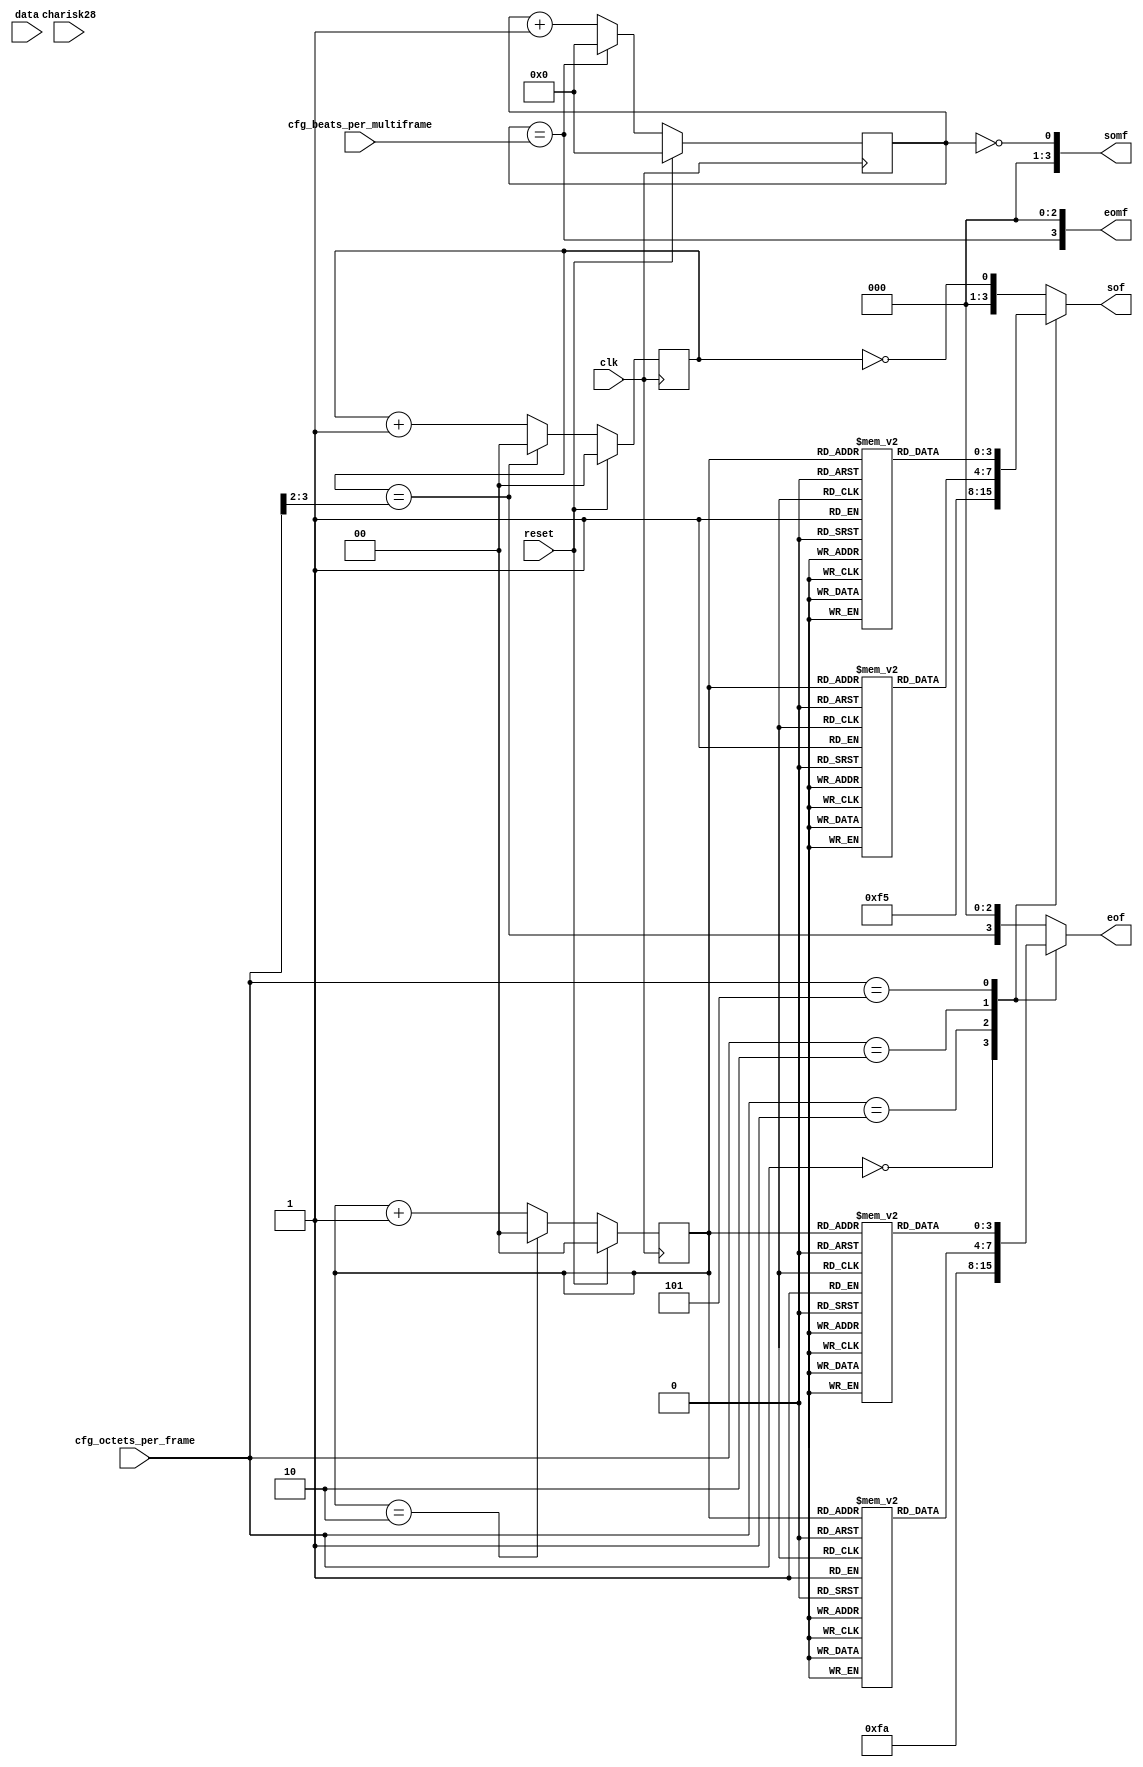
//
// The ADI JESD204 Core is released under the following license, which is
// different than all other HDL cores in this repository.
//
// Please read this, and understand the freedoms and responsibilities you have
// by using this source code/core.
//
// The JESD204 HDL, is copyright  2016-2017 Analog Devices Inc.
//
// This core is free software, you can use run, copy, study, change, ask
// questions about and improve this core. Distribution of source, or resulting
// binaries (including those inside an FPGA or ASIC) require you to release the
// source of the entire project (excluding the system libraries provide by the
// tools/compiler/FPGA vendor). These are the terms of the GNU General Public
// License version 2 as published by the Free Software Foundation.
//
// This core  is distributed in the hope that it will be useful, but WITHOUT ANY
// WARRANTY; without even the implied warranty of MERCHANTABILITY or FITNESS FOR
// A PARTICULAR PURPOSE. See the GNU General Public License for more details.
//
// You should have received a copy of the GNU General Public License version 2
// along with this source code, and binary.  If not, see
// <http://www.gnu.org/licenses/>.
//
// Commercial licenses (with commercial support) of this JESD204 core are also
// available under terms different than the General Public License. (e.g. they
// do not require you to accompany any image (FPGA or ASIC) using the JESD204
// core with any corresponding source code.) For these alternate terms you must
// purchase a license from Analog Devices Technology Licensing Office. Users
// interested in such a license should contact jesd204-licensing@analog.com for
// more information. This commercial license is sub-licensable (if you purchase
// chips from Analog Devices, incorporate them into your PCB level product, and
// purchase a JESD204 license, end users of your product will also have a
// license to use this core in a commercial setting without releasing their
// source code).
//
// In addition, we kindly ask you to acknowledge ADI in any program, application
// or publication in which you use this JESD204 HDL core. (You are not required
// to do so; it is up to your common sense to decide whether you want to comply
// with this request or not.) For general publications, we suggest referencing :
// The design and implementation of the JESD204 HDL Core used in this project
// is copyright  2016-2017, Analog Devices, Inc.
//

// Limitations:
//   DATA_PATH_WIDTH = 4
//   F*K=4, multiples of DATA_PATH_WIDTH
//   F=1,2,3,4,6, and multiples of DATA_PATH_WIDTH

`timescale 1ns/100ps

module jesd204_rx_frame_mark #(
  parameter DATA_PATH_WIDTH = 4
) (
  input                             clk,
  input                             reset,
  input [7:0]                       cfg_beats_per_multiframe,
  input [7:0]                       cfg_octets_per_frame,
  input [DATA_PATH_WIDTH-1:0]       charisk28,
  input [DATA_PATH_WIDTH*8-1:0]     data,

  output reg [DATA_PATH_WIDTH-1:0]  sof,
  output reg [DATA_PATH_WIDTH-1:0]  eof,
  output reg [DATA_PATH_WIDTH-1:0]  somf,
  output reg [DATA_PATH_WIDTH-1:0]  eomf
);

localparam MAX_OCTETS_PER_FRAME = 16;
localparam DPW_LOG2 = DATA_PATH_WIDTH == 8 ? 3 : DATA_PATH_WIDTH == 4 ? 2 : 1;
localparam CW = MAX_OCTETS_PER_FRAME > 128 ? 8 :
  MAX_OCTETS_PER_FRAME > 64 ? 7 :
  MAX_OCTETS_PER_FRAME > 32 ? 6 :
  MAX_OCTETS_PER_FRAME > 16 ? 5 :
  MAX_OCTETS_PER_FRAME > 8 ? 4 :
  MAX_OCTETS_PER_FRAME > 4 ? 3 :
  MAX_OCTETS_PER_FRAME > 2 ? 2 : 1;
localparam BEATS_PER_FRAME_WIDTH = CW-DPW_LOG2;

reg [1:0]                         beat_cnt_mod_3;
reg [BEATS_PER_FRAME_WIDTH-1:0]   beat_cnt_frame;
wire                              cur_sof;
wire                              cur_eof;
reg [7:0]                         beat_cnt_mf;
wire                              cur_somf;
wire                              cur_eomf;

wire [BEATS_PER_FRAME_WIDTH-1:0]  cfg_beats_per_frame = cfg_octets_per_frame[CW-1:DPW_LOG2];
reg [DATA_PATH_WIDTH-1:0] sof_f_3[2:0];
reg [DATA_PATH_WIDTH-1:0] eof_f_3[2:0];
reg [DATA_PATH_WIDTH-1:0] sof_f_6[2:0];
reg [DATA_PATH_WIDTH-1:0] eof_f_6[2:0];

initial begin
  sof_f_3[0] = {4'b1001};
  sof_f_3[1] = {4'b0100};
  sof_f_3[2] = {4'b0010};
  eof_f_3[0] = {4'b0100};
  eof_f_3[1] = {4'b0010};
  eof_f_3[2] = {4'b1001};
  sof_f_6[0] = {4'b0001};
  sof_f_6[1] = {4'b0100};
  sof_f_6[2] = {4'b0000};
  eof_f_6[0] = {4'b0000};
  eof_f_6[1] = {4'b0010};
  eof_f_6[2] = {4'b1000};
end

// Beat count % 3, to support F=3,6
always @(posedge clk) begin
  if(reset) begin
    beat_cnt_mod_3 <= 2'd0;
  end else begin
    if(beat_cnt_mod_3 == 2'd2) begin
      beat_cnt_mod_3 <= 2'd0;
    end else begin
      beat_cnt_mod_3 <= beat_cnt_mod_3 + 1'b1;
    end
  end
end

// Beat count per frame
always @(posedge clk) begin
  if(reset) begin
    beat_cnt_frame <= {BEATS_PER_FRAME_WIDTH{1'b0}};
  end else begin
    if(beat_cnt_frame == cfg_beats_per_frame) begin
      beat_cnt_frame <= {BEATS_PER_FRAME_WIDTH{1'b0}};
    end else begin
      beat_cnt_frame <= beat_cnt_frame + 1'b1;
    end
  end
end

assign cur_sof = beat_cnt_frame == 0;
assign cur_eof = beat_cnt_frame == cfg_beats_per_frame;

// cfg_octets_per_frame must be a multiple of DATA_PATH_WIDTH'
// except for the following supported special cases
always @(*) begin
  case(cfg_octets_per_frame)
    8'd0:
      begin
        sof = {DATA_PATH_WIDTH{1'b1}};
        eof = {DATA_PATH_WIDTH{1'b1}};
      end
    8'd1:
      begin
        sof = {DATA_PATH_WIDTH/2{2'b01}};
        eof = {DATA_PATH_WIDTH/2{2'b10}};
      end
    8'd2:
      begin
        sof = sof_f_3[beat_cnt_mod_3];
        eof = eof_f_3[beat_cnt_mod_3];
      end
    8'd5:
      begin
        sof = sof_f_6[beat_cnt_mod_3];
        eof = eof_f_6[beat_cnt_mod_3];
      end
    default:
      begin
        sof = {{DATA_PATH_WIDTH-1{1'b0}}, cur_sof};
        eof = {cur_eof, {DATA_PATH_WIDTH-1{1'b0}}};
      end
  endcase
end


// Beat count per multiframe
always @(posedge clk) begin
  if(reset) begin
    beat_cnt_mf <= 8'b0;
  end else begin
    if(beat_cnt_mf == cfg_beats_per_multiframe) begin
      beat_cnt_mf <= 8'b0;
    end else begin
      beat_cnt_mf <= beat_cnt_mf + 1'b1;
    end
  end
end

assign cur_somf = beat_cnt_mf == 0;
assign cur_eomf = beat_cnt_mf == cfg_beats_per_multiframe;

// Only support F*K equals a multipe of DATA_PATH_WIDTH,
always @(*) begin
  somf = {{DATA_PATH_WIDTH-1{1'b0}}, cur_somf};
  eomf = {cur_eomf, {DATA_PATH_WIDTH-1{1'b0}}};
end

endmodule